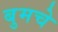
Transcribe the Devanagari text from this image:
बुमचे